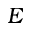
E